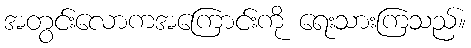
အတွင်းလောကအကြောင်းကို ရေးသားကြသည်။